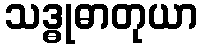
သဒ္ဓုဓာတုယာ